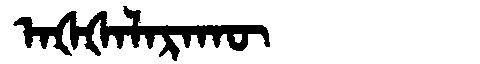
Manchu: ᠠᡧᡧᠠᠯᠠᡵᠠᡴᡡ
Romanization: AŠŠALARAKŪ